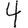
Digit: 4